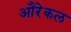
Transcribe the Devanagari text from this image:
औरेकल